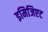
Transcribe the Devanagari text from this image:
इमिजिएट